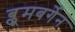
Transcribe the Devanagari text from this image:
ब्लूमबर्गेन